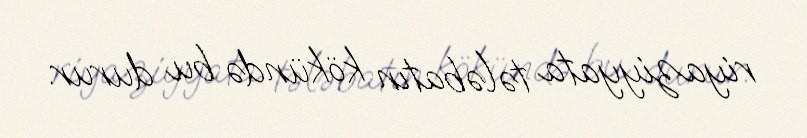
riyaziyyata tələbatın kökündə bu durur.